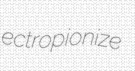
ectropionize